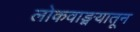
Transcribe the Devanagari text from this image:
लोकवाङ्मयातून